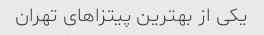
یکی از بهترین پیتزاهای تهران